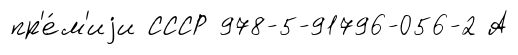
пр'е́м'иjи СССР 978-5-91796-056-2 А